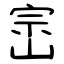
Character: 崈